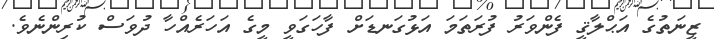
ޒީނަތުގެ އަޙްލާޤީ ފެންވަރު ފުރަތަމަ އަޅުގަނޑަށް ފާހަގަވީ މީގެ އަހަރެއްހާ ދުވަސް ކުރިންނެވެ.